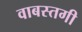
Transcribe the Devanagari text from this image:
वाबस्तगी